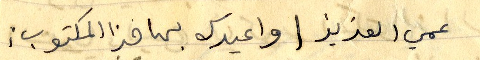
عمي العزيز او اعيدك بها هذا المكتوب: